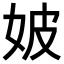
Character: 𡛡